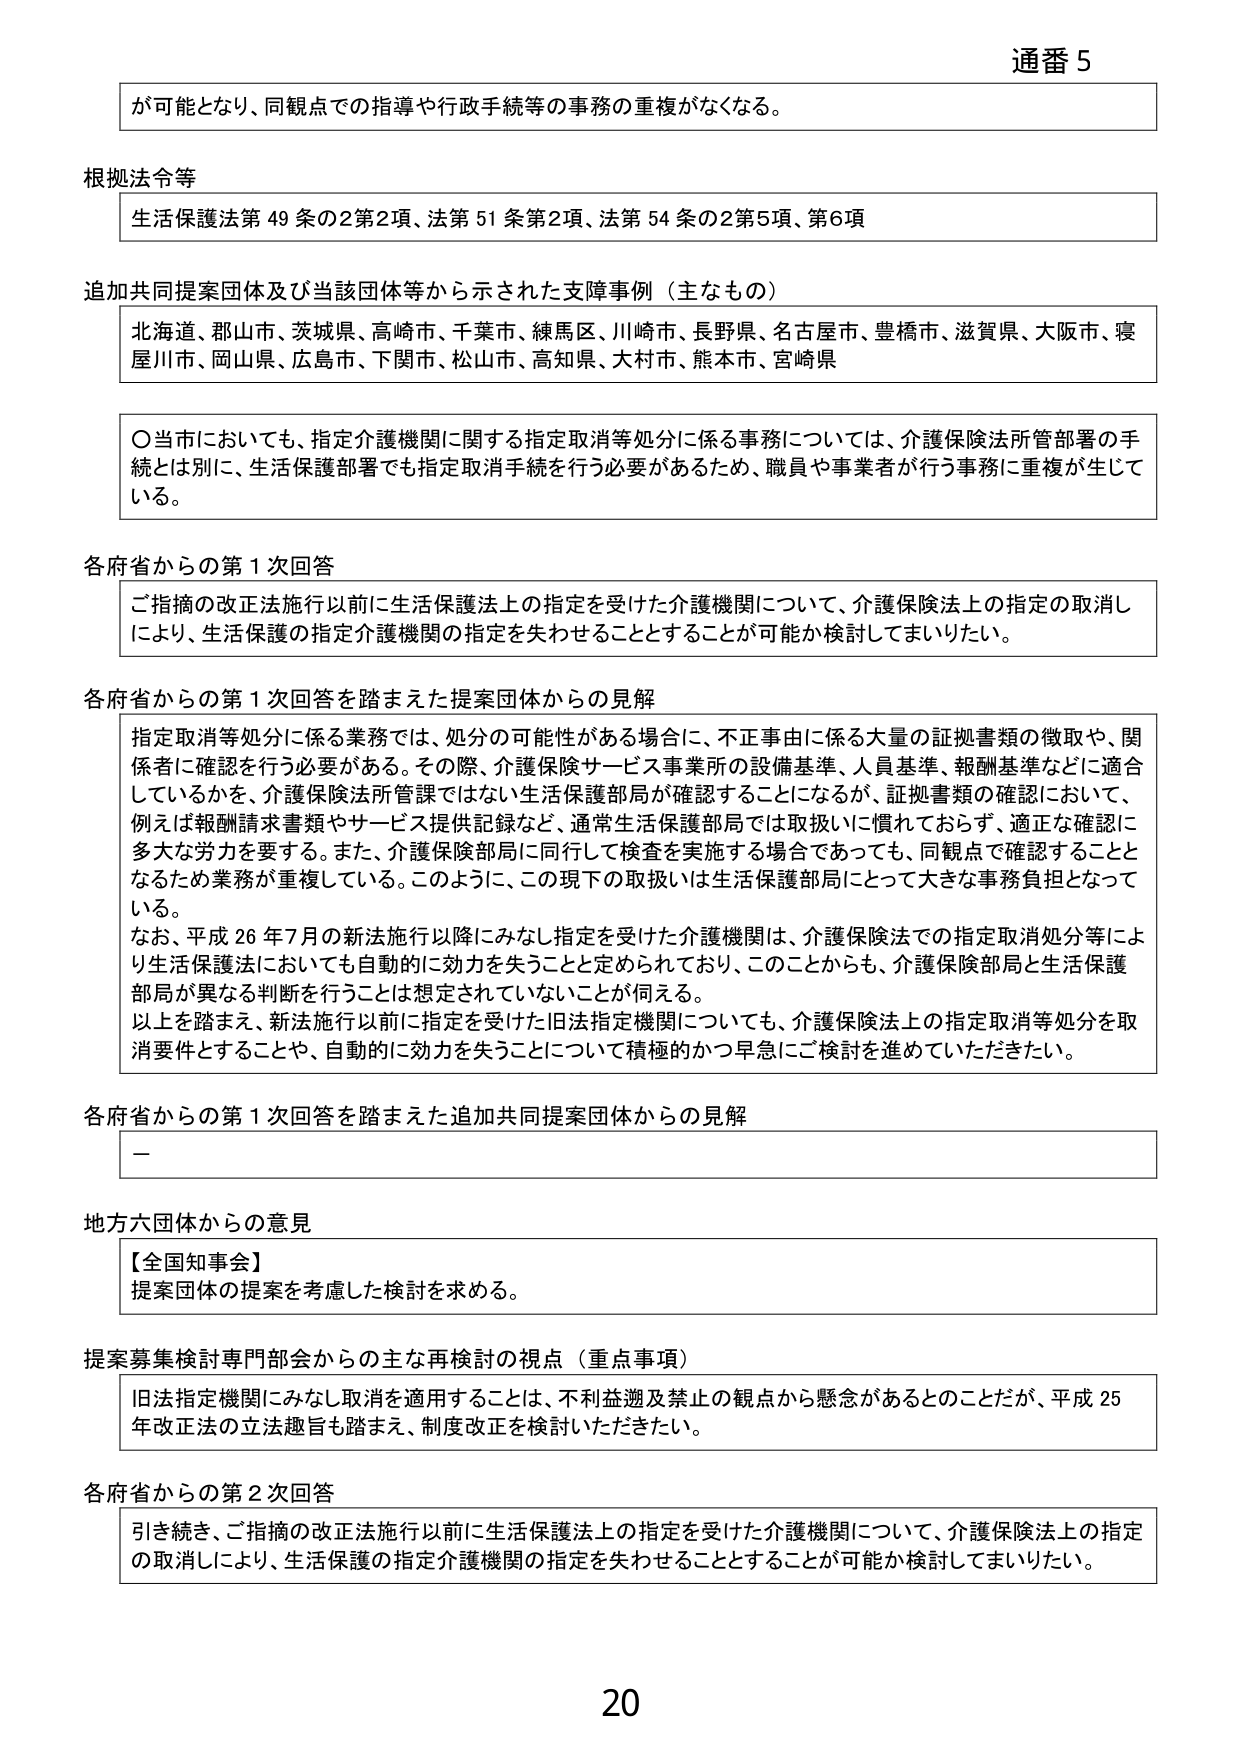
通番 5

が可能となり、同観点での指導や行政手続等の事務の重複がなくなる。

根拠法令等
生活保護法第49条の2第2項、法第51条第2項、法第54条の2第5項、第6項

追加共同提案団体及び当該団体等から示された支障事例（主なもの）
北海道、郡山市、茨城県、高崎市、千葉市、練馬区、川崎市、長野県、名古屋市、豊橋市、滋賀県、大阪市、寝屋川市、岡山県、広島市、下関市、松山市、高知県、大村市、熊本市、宮崎県

〇当市においても、指定介護機関に関する指定取消等処分に係る事務については、介護保険法所管部署の手続とは別に、生活保護部署でも指定取消手続を行う必要があるため、職員や事業者が行う事務に重複が生じている。

各府省からの第1次回答
ご指摘の改正法施行以前に生活保護法上の指定を受けた介護機関について、介護保険法上の指定の取消しにより、生活保護の指定介護機関の指定を失わせることとすることが可能か検討してまいりたい。

各府省からの第1次回答を踏まえた提案団体からの見解
指定取消等処分に係る業務では、処分の可能性がある場合に、不正事由に係る大量の証拠書類の徴収や、関係者に確認を行う必要がある。その際、介護保険サービス事業所の設備基準、人員基準、報酬基準などに適合しているかを、介護保険法所管課ではない生活保護部局が確認することになるが、証拠書類の確認において、例えば報酬請求書類やサービス提供記録など、通常生活保護部局では取扱いに慣れておらず、適正な確認に多大な労力を要する。また、介護保険部局に同行して検査を実施する場合であっても、同観点で確認することとなるため業務が重複している。このように、この現下の取扱いは生活保護部局にとって大きな事務負担となっている。
なお、平成26年7月の新法施行以降にみなし指定を受けた介護機関は、介護保険法での指定取消処分等により生活保護法においても自動的に効力を失うことと定められており、このことからも、介護保険部局と生活保護部局が異なる判断を行うことは想定されていないことが伺える。
以上を踏まえ、新法施行以前に指定を受けた旧法指定機関についても、介護保険法上の指定取消等処分を取消要件とすることや、自動的に効力を失うことについて積極的かつ早急にご検討を進めていただきたい。

各府省からの第1次回答を踏まえた追加共同提案団体からの見解
ー

地方六団体からの意見
【全国知事会】
提案団体の提案を考慮した検討を求める。

提案募集検討専門部会からの主な再検討の視点（重点事項）
旧法指定機関にみなし取消を適用することは、不利益及び禁止の観点から懸念があるとのことだが、平成25年改正法の立法趣旨も踏まえ、制度改正を検討いただきたい。

各府省からの第2次回答
引き続き、ご指摘の改正法施行以前に生活保護法上の指定を受けた介護機関について、介護保険法上の指定の取消しにより、生活保護の指定介護機関の指定を失わせることとすることが可能か検討してまいりたい。

20